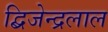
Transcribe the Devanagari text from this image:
द्बिजेन्द्रलाल